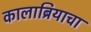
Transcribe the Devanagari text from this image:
कालाब्रियाचा